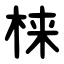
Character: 梾